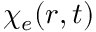
\chi _ { e } ( r , t )